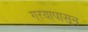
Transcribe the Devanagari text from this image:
गरयापासून